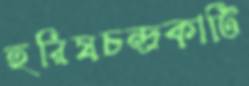
হরিষচন্দ্রকাটি